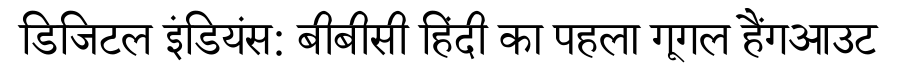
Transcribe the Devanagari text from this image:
डिजिटल इंडियंस: बीबीसी हिंदी का पहला गूगल हैंगआउट